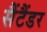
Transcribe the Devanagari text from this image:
सैंटैंडर